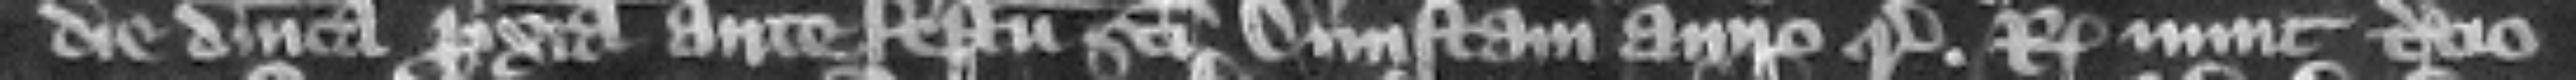
die Dominica proxima ante festum Sancti Dunstani anno regni regis nunc tercio